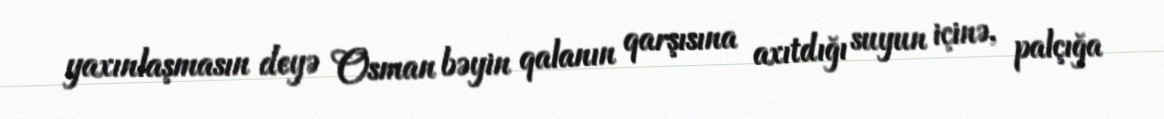
yaxınlaşmasın deyə Osman bəyin qalanın qarşısına axıtdığı suyun içinə, palçığa